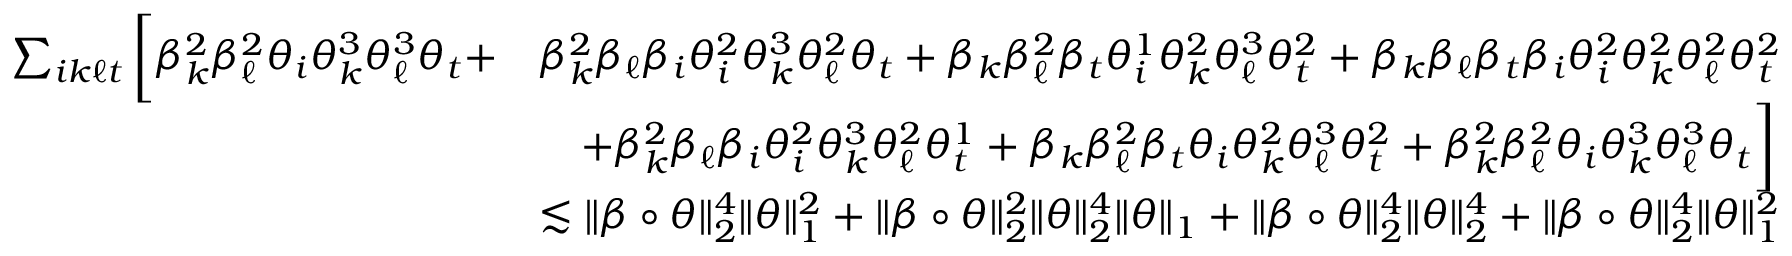
\begin{array} { r l } { \sum _ { i k \ell t } \bigg [ \beta _ { k } ^ { 2 } \beta _ { \ell } ^ { 2 } \theta _ { i } \theta _ { k } ^ { 3 } \theta _ { \ell } ^ { 3 } \theta _ { t } + } & { \beta _ { k } ^ { 2 } \beta _ { \ell } \beta _ { i } \theta _ { i } ^ { 2 } \theta _ { k } ^ { 3 } \theta _ { \ell } ^ { 2 } \theta _ { t } + \beta _ { k } \beta _ { \ell } ^ { 2 } \beta _ { t } \theta _ { i } ^ { 1 } \theta _ { k } ^ { 2 } \theta _ { \ell } ^ { 3 } \theta _ { t } ^ { 2 } + \beta _ { k } \beta _ { \ell } \beta _ { t } \beta _ { i } \theta _ { i } ^ { 2 } \theta _ { k } ^ { 2 } \theta _ { \ell } ^ { 2 } \theta _ { t } ^ { 2 } } \\ & { \quad + \beta _ { k } ^ { 2 } \beta _ { \ell } \beta _ { i } \theta _ { i } ^ { 2 } \theta _ { k } ^ { 3 } \theta _ { \ell } ^ { 2 } \theta _ { t } ^ { 1 } + \beta _ { k } \beta _ { \ell } ^ { 2 } \beta _ { t } \theta _ { i } \theta _ { k } ^ { 2 } \theta _ { \ell } ^ { 3 } \theta _ { t } ^ { 2 } + \beta _ { k } ^ { 2 } \beta _ { \ell } ^ { 2 } \theta _ { i } \theta _ { k } ^ { 3 } \theta _ { \ell } ^ { 3 } \theta _ { t } \bigg ] } \\ & { \lesssim \| \beta \circ \theta \| _ { 2 } ^ { 4 } \| \theta \| _ { 1 } ^ { 2 } + \| \beta \circ \theta \| _ { 2 } ^ { 2 } \| \theta \| _ { 2 } ^ { 4 } \| \theta \| _ { 1 } + \| \beta \circ \theta \| _ { 2 } ^ { 4 } \| \theta \| _ { 2 } ^ { 4 } + \| \beta \circ \theta \| _ { 2 } ^ { 4 } \| \theta \| _ { 1 } ^ { 2 } } \end{array}